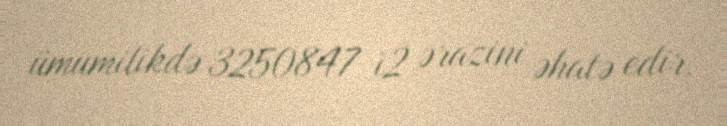
ümumilikdə 3250847 ì2 ərazini əhatə edir.